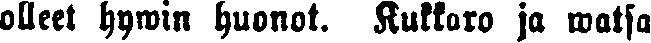
olleet hywin huonot. Kukkaro ja watsa